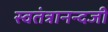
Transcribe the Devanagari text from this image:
स्वतंत्रानन्दजी